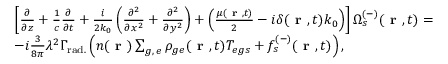
\begin{array} { r l } & { \left[ \frac { \partial } { \partial z } + \frac { 1 } { c } \frac { \partial } { \partial t } + \frac { i } { 2 k _ { 0 } } \left( \frac { \partial ^ { 2 } } { \partial x ^ { 2 } } + \frac { \partial ^ { 2 } } { \partial y ^ { 2 } } \right) + \left( \frac { \mu ( \textbf { r } , t ) } { 2 } - i \delta ( \textbf { r } , t ) k _ { 0 } \right) \right] \Omega _ { s } ^ { ( - ) } ( \textbf { r } , t ) = } \\ & { - i \frac { 3 } { 8 \pi } \lambda ^ { 2 } \Gamma _ { \mathrm { r a d . } } \left( n ( \textbf { r } ) \sum _ { g , \, e } \rho _ { g e } ( \textbf { r } , t ) T _ { e g s } + f _ { s } ^ { ( - ) } ( \textbf { r } , t ) \right) , } \end{array}